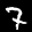
Label: 7